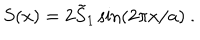
LaTeX: S ( x ) = 2 \tilde { S } _ { 1 } \sin ( 2 \pi x / a ) \ .